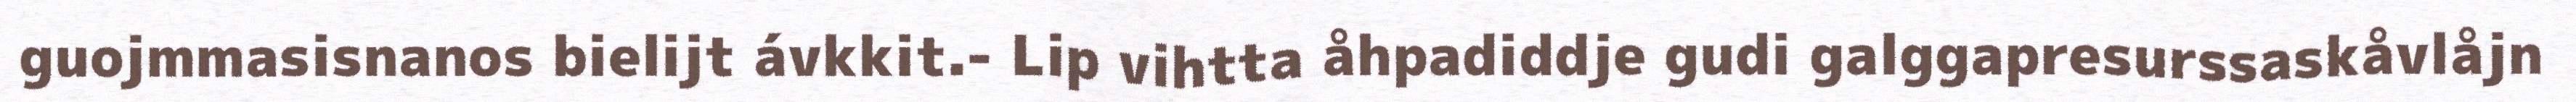
guojmmasisnanos bielijt ávkkit.- Lip vihtta åhpadiddje gudi galggapresurssaskåvlåjn